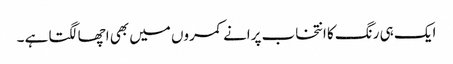
ایک ہی رنگ کا انتخاب پرانے کمروں میں بھی اچھا لگتا ہے ۔